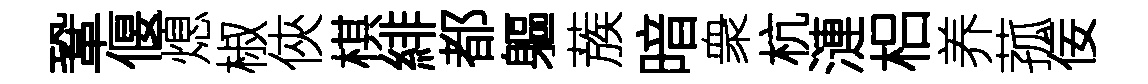
鞏偃熄椒俠棋緋都軀蔟暗衆杭漣梠养菰佞